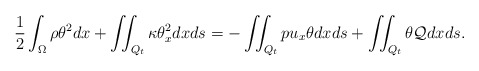
\begin{align*} &\frac12\int_\Omega \rho\theta^2dx+ \iint_{Q_t} \kappa \theta_x^2dxds = -\iint_{Q_t}pu_x\theta dxds+\iint_{Q_t} \theta {\cal Q} dxds. \end{align*}